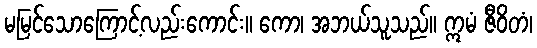
မမြင်သောကြောင့်လည်းကောင်း။ ကော၊ အဘယ်သူသည်။ ဣမံ ဇီဝိတံ၊